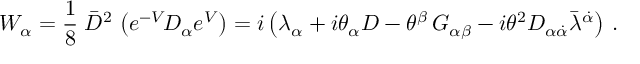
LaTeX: { W } _ { \alpha } = \frac { 1 } { 8 } \; \bar { D } ^ { 2 } \, \left( { e } ^ { - V } \! D _ { \alpha } { e } ^ { V } \right) = i \left( \lambda _ { \alpha } + i \theta _ { \alpha } D - \theta ^ { \beta } \, G _ { \alpha \beta } - i \theta ^ { 2 } { \cal D } _ { \alpha \dot { \alpha } } \bar { \lambda } ^ { \dot { \alpha } } \right) \, .